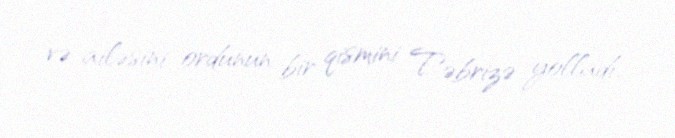
və ailəsini ordunun bir qismini Təbrizə yolladı.